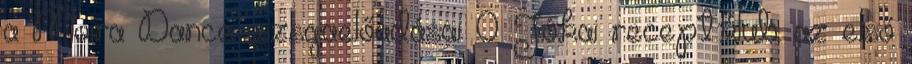
a Moira Dance vizsgaelőadásai 0 Jókai receptklub: az első